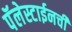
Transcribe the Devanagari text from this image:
पॅलेस्टाईनची